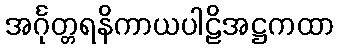
အင်္ဂုတ္တရနိကာယပါဠိအဋ္ဌကထာ